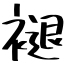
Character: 褪